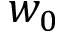
w _ { 0 }